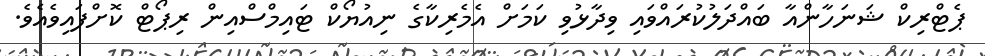
ޕެޓްރިކް ޝަނަހާންއާ ބައްދަލުކުރައްވައި ވިދާޅުވި ކަމަށް އެމެރިކާގެ ނިއުޔޯކް ޓައިމްސްއިން ރިޕޯޓް ކޮށްފައިވެއެވެ.